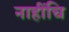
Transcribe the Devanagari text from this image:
नाहींचि